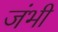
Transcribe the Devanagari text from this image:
जंभी